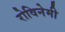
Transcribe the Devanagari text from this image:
रोविनेमी